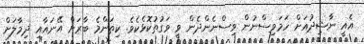
އެއީ ނާޝިދުއަށް ހަމަވިސްނުން ވިސްނެންދެން ވީ ވަގުތުކޮޅެކެވެ. ކިތަންމެ ބާރަށް އޭނައާއި ދިމާލަށް